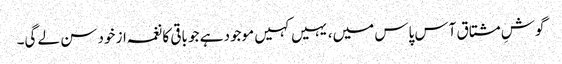
گوشِ مشتاق آس پاس میں، یہیں کہیں موجود ہے جو باقی کا نغمہ از خود سن لے گی۔